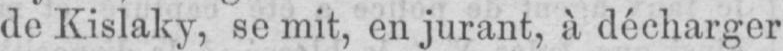
de Kislaky, se mit, en jurant, à décharger